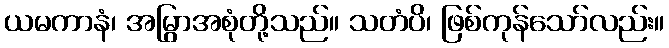
ယမကာနံ၊ အမြွာအစုံတို့သည်။ သတံပိ၊ ဖြစ်ကုန်သော်လည်း။